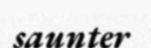
saunter